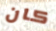
كان